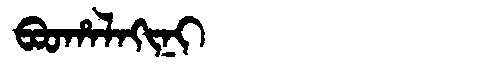
Manchu: ᠪᠣᠣᡥᠠᠯᠠᡴᡳᠨᡳ
Romanization: BOOHALAKINI